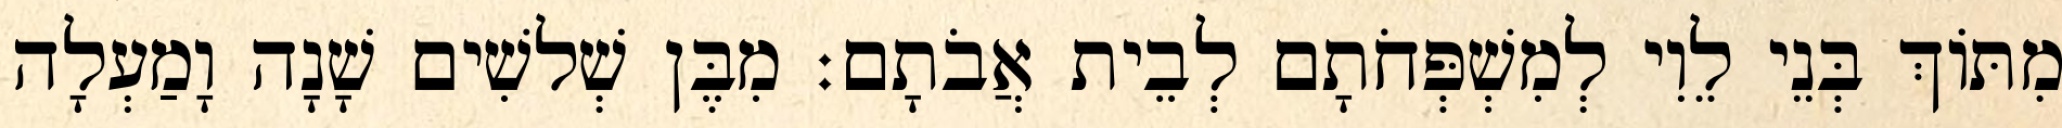
מִתּוֹךְ בְּנֵי לֵוִי לְמִשְׁפְּחֹתָם לְבֵית אֲבֹתָם׃ מִבֶּן שְׁלשִׁים שָׁנָה וָמַעְלָה